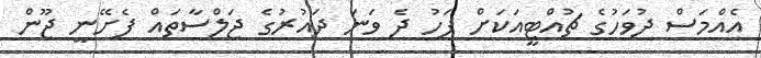
އެއްމަސް ދުވަހުގެ ޗުއްޓީއަކަށް ފަހު ދެ ވަނަ ދައުރުގެ ޖަލްސާތައް ފެށޭނީ ޖޫން